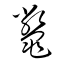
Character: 鼈